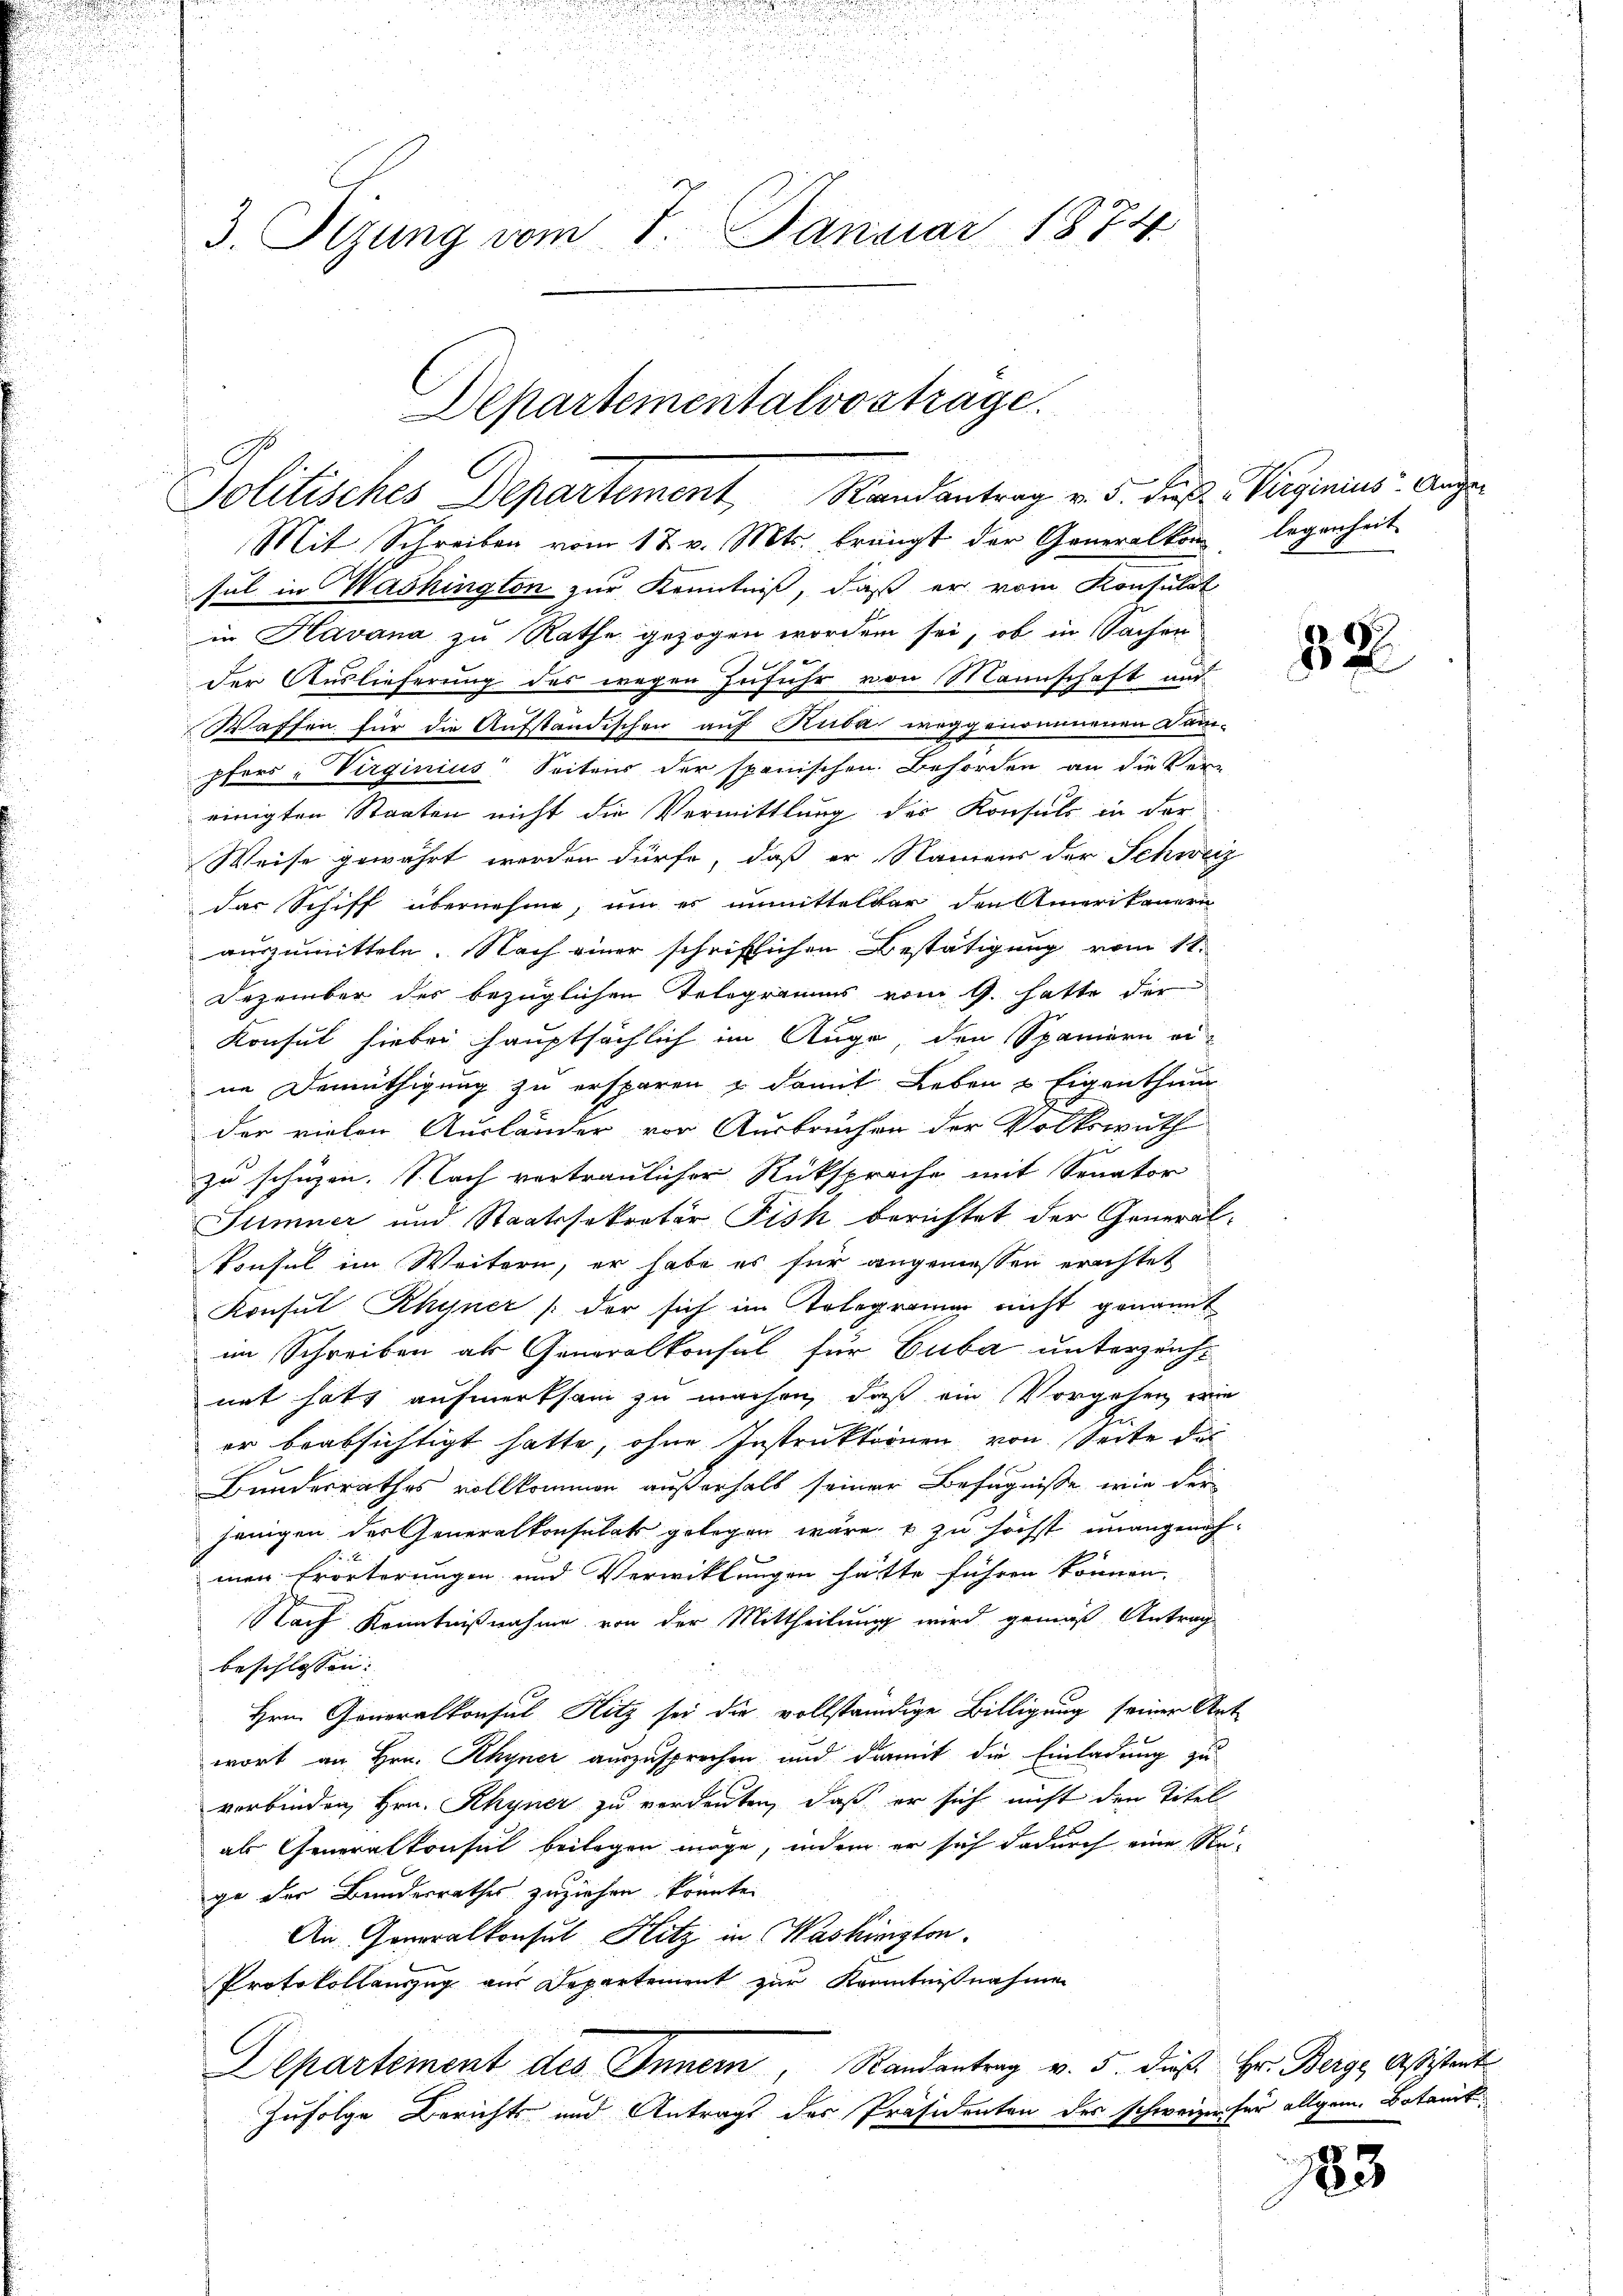
u

u
5
u
3. Tizung vom 7. Januar 1874

Departementalvostrage.
Jolitisches Departement, Randantrag v. 5. die Verginius Ange¬

Mit Schreiben vom 18. v. Mts. brängt der Generalkon legenheit
sul in Washington zur Kenntniß, daß er vom Konsulat
in Havana zu Rathe gezogen worden sei, ob in Sachen
1 f 0
der Auslieferung des wegen Zufuhr von Mannschaft und
Waffen für die Aufständischen auf Kuba weggenommenen Danpfers Virginius Seitens der spanischen Behörden an die Ver-
einigten Staaten nicht die Vermittlung des Konsuls in der
Weise gewährt werden dürfe, daß er Namens der Schweiz
das Schiff übernehme, um es unmittelbar den Amerikaner
auszumitteln. Nach einer schriftlichen Bestätigung vom 11.
Dezember der bezüglichen Telegramms vom 9. hatte der
Konsul hiebei hauptsächlich im Auge, den Spaniern ei-
ne Bemüthigung zu ersparen & damit Leben u Eigenthum
der vielen Ausländer vor Ausbruchen der Volkswuth
e
zu schüzen. Nach vertraulicher Rücksprache mit Senator
Stimmer und Staatssekretär Pisk berichtet der Generalkonsul im Weitern, er habe es für angeniessen erachtet
Konsul Rhyner /: der sich im Telegramer nicht genannt
im Schreiben als Generalkonsul für Cuba unterzeichnet hatt aufmerksam zu machen, daß ein Vorgehen wie
1
er beabsichtigt hatte, ohne Instruktionen von Seite des
Bundesrathes vollkommen außerhalb seiner Befugnisse wie der
jenigen der Generalkonsulat gelegen wäre. + zu höchst unangenohmen Erörterungen und Verwicklungen hätte führen können.
Nach Kenntnißnahme von der Mittheilung wird gemäß Antrag
beschlossen:
Hrn. Generalkonsul Hitz sei die vollständige Billigung seiner Ant
wort an Hrn. Rhyner auszusprechen und damit die Einladung zu
verbinden Hrn. Rhyner zu verdeuten, daß er sich nicht den Titel
als Generalkonsul beilagen möge, indem er sich dadurch eine Rege der Bundesrathes zuziehen könnte.
An Generalkonsul Hitz in Washington
Protokollauszug aus Departement zur Kenntnißnahmen
Departement des Innern, Randantrag v. 5. dieß Hr. Berge Aßistent
Zufolge Berichts und Antrags des Präsidenten des schweizen für allgem. Botanik

32

183